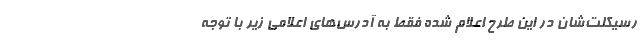
رسیکلت‌شان در این طرح اعلام شده فقط به آدرس‌های اعلامی زیر با توجه